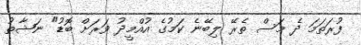
ފުރަތަމަ ދެ މަސް ތެރޭ ލިބޭނެ ކަމުގެ އުއްމީދު ވަރަށް ބޮޑު" ނަޝާތު